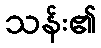
သန်း၏